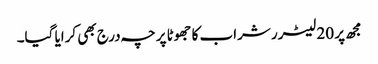
مجھ پر 20 لیٹرر شراب کا جھوٹا پرچہ درج بھی کرایا گیا۔